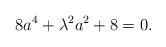
LaTeX: \begin{gather*} 8a^4+\lambda^2 a^2+8=0.\end{gather*}